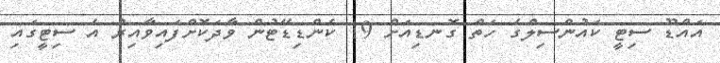
އައްޑޫ ސިޓީ ކައުންސިލްގެ ހަތް ގޮނޑިއަށް 19 ކެންޑިޑޭޓުން ވާދަކޮށްފައިވާއިރު އެ ސިޓީގައި